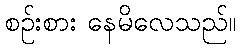
စဉ်းစား နေမိလေသည်။